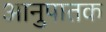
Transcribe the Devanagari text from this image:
आनुपातक